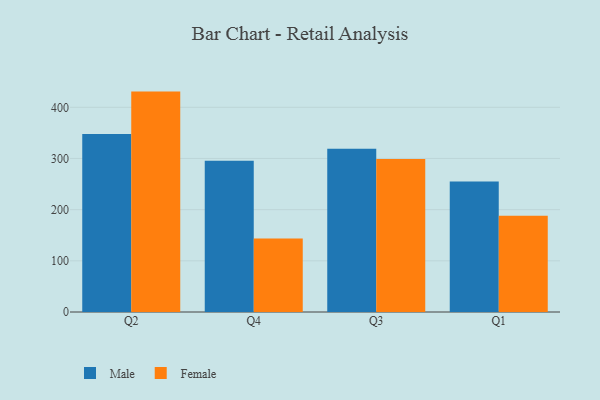
{"axis": {"x": "Quarter", "y": "Bounce Rate (%)"}, "legend": ["Female", "Male"], "data": [{"x": "Q2", "y": 347.8, "type": "Male"}, {"x": "Q2", "y": 430.7, "type": "Female"}, {"x": "Q4", "y": 295.4, "type": "Male"}, {"x": "Q4", "y": 143.5, "type": "Female"}, {"x": "Q3", "y": 319.0, "type": "Male"}, {"x": "Q3", "y": 298.8, "type": "Female"}, {"x": "Q1", "y": 255.0, "type": "Male"}, {"x": "Q1", "y": 188.3, "type": "Female"}]}